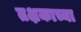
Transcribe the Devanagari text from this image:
तक्षकाच्या